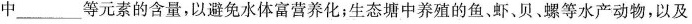
中_____等元素的含量，以避免水体富营养化；生态塘中养殖的鱼、虾、贝、螺等水产动物，以及